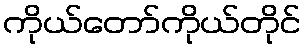
ကိုယ်တော်ကိုယ်တိုင်